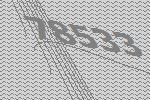
78533